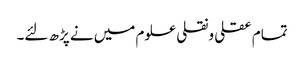
تمام عقلی ونقلی علوم میں نے پڑھ لئے۔